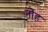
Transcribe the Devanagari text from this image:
नोंह